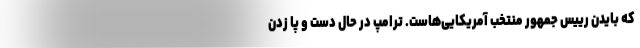
که بایدن رییس جمهور منتخب آمریکایی‌هاست. ترامپ در حال دست و پا زدن